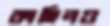
কাহিলও